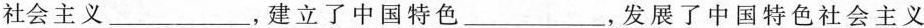
社会主义___，建立了中国特色___，发展了中国特色社会主义